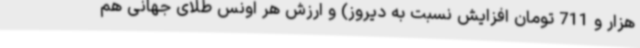
هزار و 711 تومان افزایش نسبت به دیروز) و ارزش هر اونس طلای جهانی هم